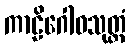
ကာဠိဂေါဓသုတ္တံ